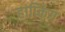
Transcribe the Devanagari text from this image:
हाप्किंग